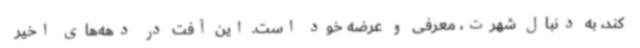
کند، به دنبال شهرت، معرفی و عرضه خود است. این آفت در دهه‌های اخیر